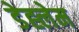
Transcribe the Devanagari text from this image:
डेह्लेम